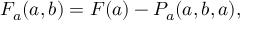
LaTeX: F _ { a } ( a , b ) = F ( a ) - P _ { a } ( a , b , a ) ,